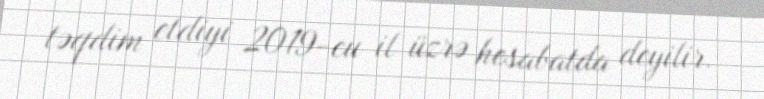
təqdim etdiyi 2019-cu il üzrə hesabatda deyilir.